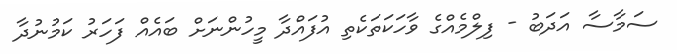
ސަމާސާ އަދަބު - ފިލްމެއްގެ ވާހަކަތަކެތި އުފައްދާ މީހުންނަށް ބައެއް ފަހަރު ކަމުނުދާ